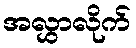
အလွှာလိုက်